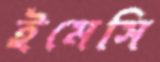
ইমেসি